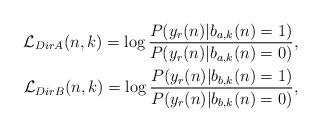
LaTeX: \begin{align*}\begin{aligned}\mathcal{L}_{DirA}(n,k)=\log \frac{P(y_r(n)|b_{a,k}(n)=1)}{P(y_r(n)|b_{a,k}(n)=0)}, \\\mathcal{L}_{DirB}(n,k)=\log \frac{P(y_r(n)|b_{b,k}(n)=1)}{P(y_r(n)|b_{b,k}(n)=0)},\end{aligned} \end{align*}